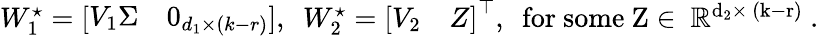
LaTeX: \begin{array}{r}{W_{1}^{\star}=\left[\begin{array}{ll}{V_{1}\Sigma}&{0_{d_{1}\times(k-r)}}\end{array}\right],\ \ W_{2}^{\star}=\left[\begin{array}{ll}{V_{2}}&{Z}\end{array}\right]^{\top},\ \ \mathrm{for~some~Z\in~\mathbb{R}^{d_2\times~(k-r)}~.}}\end{array}